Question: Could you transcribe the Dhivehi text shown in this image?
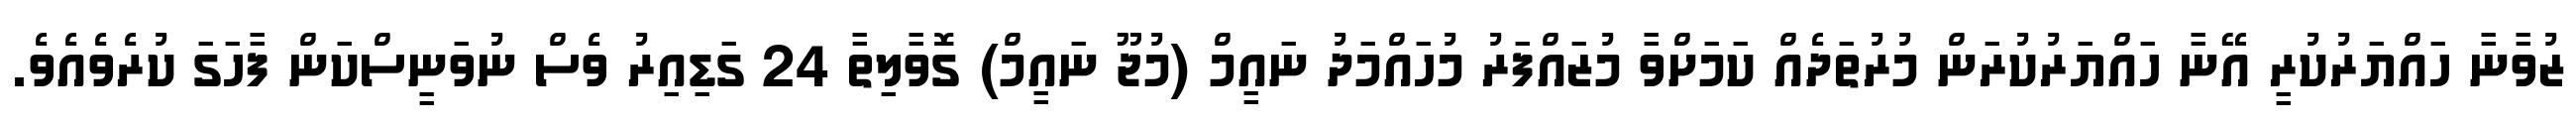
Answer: ޒުވާނާ ހައްޔަރުކުރީ އޭނާ ހައްޔަރުކުރަން މުރުތަދެއް ކަމަށްވާ މުޒައްފަރު މުހައްމަދު ނައީމް (މުޖޫ ނައީމް) ގޮވާލިތާ 24 ގަޑިއިރު ވެސް ނުވަނީސްކަން ފާހަގަ ކުރެވެއެވެ.